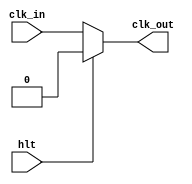
`default_nettype none
`timescale 1ns/1ps
module clock(
    input  hlt,
    input  clk_in,
    output clk_out
    );

    assign clk_out = (hlt) ? 1'b0 : clk_in;

endmodule